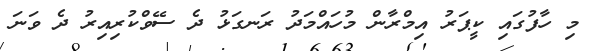
މި ހާފުގައި ކީޕަރު އިމްރާން މުހައްމަދު ރަނގަޅު ދެ ސޭވްކުރިއިރު ދެ ވަނަ